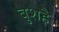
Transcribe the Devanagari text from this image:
बुशहै